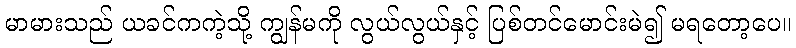
မာမားသည် ယခင်ကကဲ့သို့ ကျွန်မကို လွယ်လွယ်နှင့် ပြစ်တင်မောင်းမဲ၍ မရတော့ပေ။